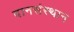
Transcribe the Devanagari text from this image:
दानसंस्थान